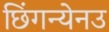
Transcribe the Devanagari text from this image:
छिंगन्येनउ